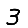
Digit: 3